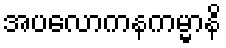
အပလောကနကမ္မာနိ